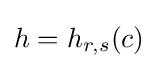
h=h_{r,s}(c)